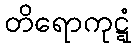
တိရောကုဋ္ဋံ